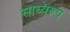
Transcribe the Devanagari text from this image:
साध्यरूप